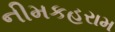
નીમકહરામ